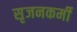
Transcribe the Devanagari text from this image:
सृजनकर्मी